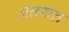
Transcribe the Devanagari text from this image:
अत्तरात